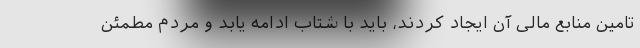
تامین منابع مالی آن ایجاد کردند، باید با شتاب ادامه یابد و مردم مطمئن